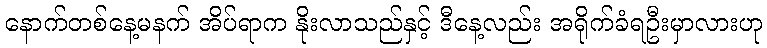
နောက်တစ်နေ့မနက် အိပ်ရာက နိုးလာသည်နှင့် ဒီနေ့လည်း အရိုက်ခံရဦးမှာလားဟု